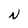
Character: N